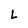
Character: L